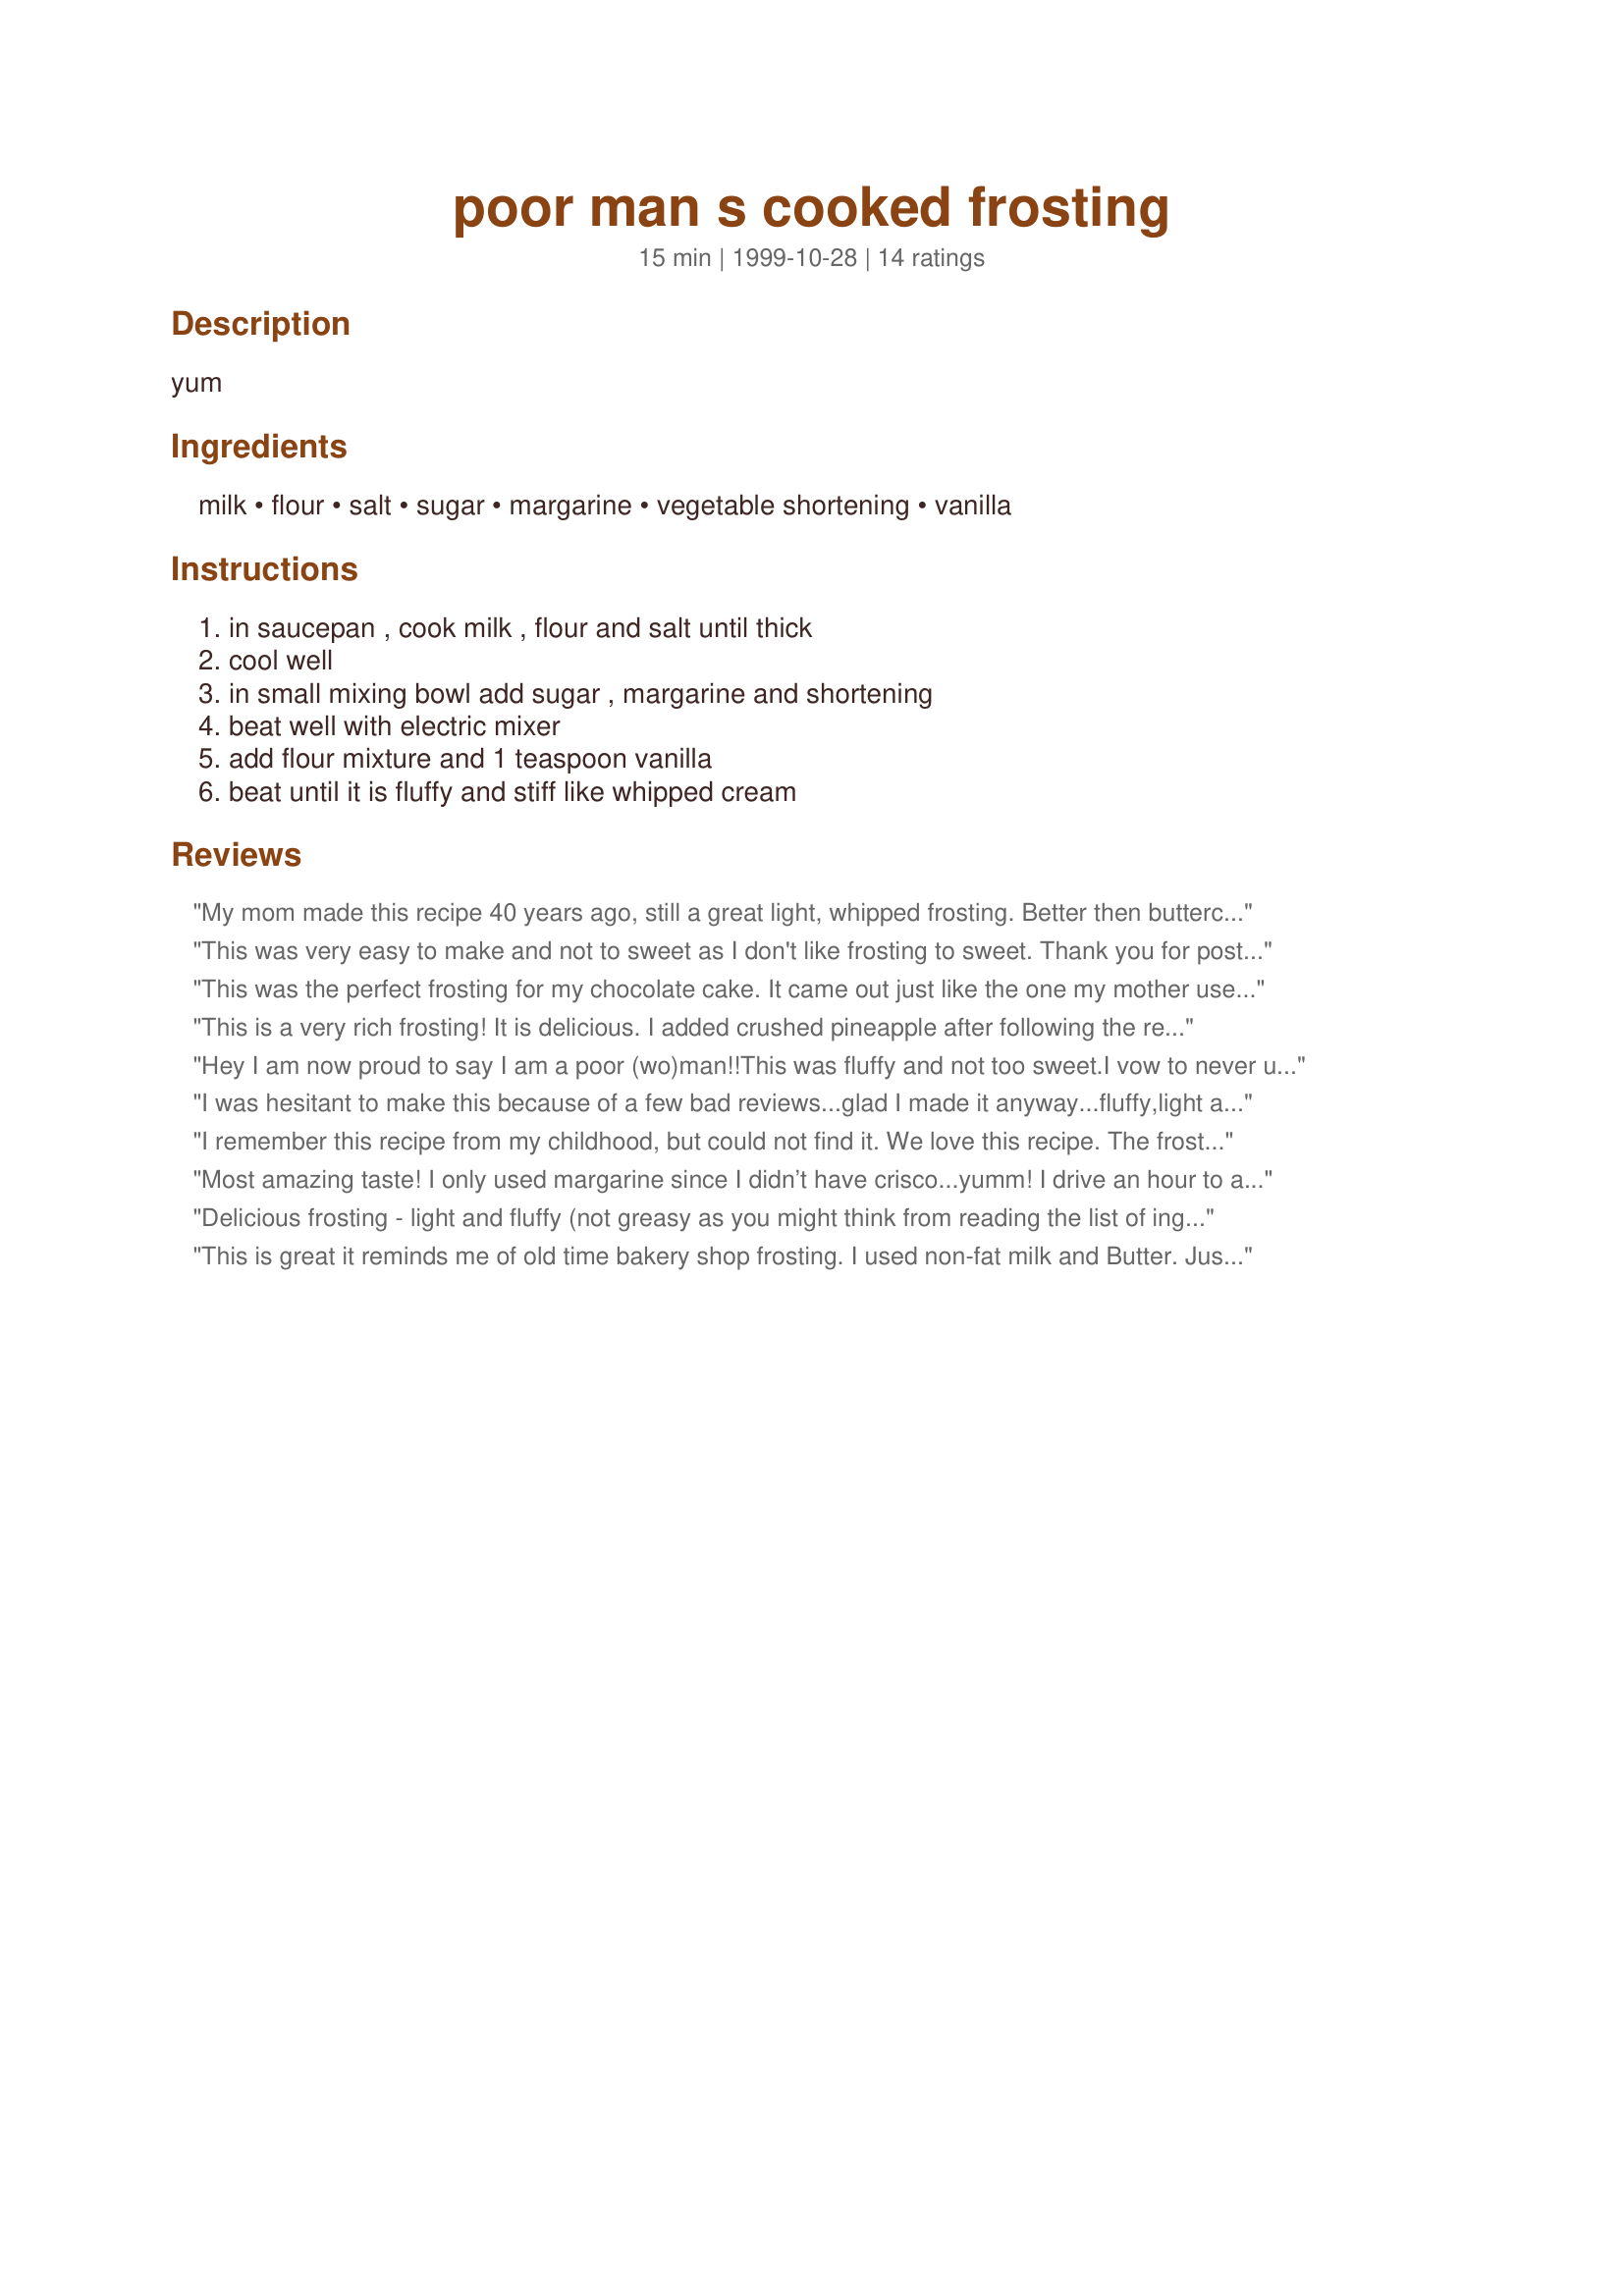
poor man s cooked frosting
Preparation time: 15 minutes

yum

Ingredients:
milk, flour, salt, sugar, margarine, vegetable shortening, vanilla

Steps:
in saucepan , cook milk , flour and salt until thick, cool well, in small mixing bowl add sugar , margarine and shortening, beat well with electric mixer, add flour mixture and 1 teaspoon vanilla, beat until it is fluffy and stiff like whipped cream

Reviews:
My mom made this recipe 40 years ago, still a great light, whipped frosting. Better then buttercream, easier the 7 minute.
This was very easy to make and not to sweet as I don't like frosting to sweet. Thank you for posting.
This was the perfect frosting for my chocolate cake. It came out just like the one my mother used to make.
This is a very rich frosting! It is delicious. I added crushed pineapple after following the recipe and it was marvelous!!!! I got a lot of good compliments.
Hey I am now proud to say I am a poor (wo)man!!This was fluffy and not too sweet.I vow to never use store-bought frosting again.Thanks for making me a proud poor (wo)man!!!!
I was hesitant to make this because of a few bad reviews...glad I made it anyway...fluffy,light and not too sweet...I don't know how anyone wouldn't like it ....and it's easy don't understand how anyone could screw this up
I remember this recipe from my childhood, but could not find it. We love this recipe. The frosting is fluffy and creamy, but not as sweet as a traditional butter cream. I added chopped maraschino cherries and it worked well. The recipe does not make a generous amount of frosting; I was challenged to spread it thin enough to cover two 9 inch layers. I plan to increase the amounts the next time I make it. Thanks for posting this old favorite.
Most amazing taste! I only used margarine since I didn’t have crisco...yumm! I drive an hour to a gourmet bakery and their buttercream tastes just like this. I could never figure out how they made it. Must use this kind!
Delicious frosting - light and fluffy (not greasy as you might think from reading the list of ingredients).

I torted a 2-layer white cake, heated some seedless raspberry fruit spread, and brushed each layer with it, then spread the frosting on over the jam and assembled the layers with a generous amount of frosting over the entire cake. It made for a very pretty presentation when sliced, and the taste was really good. Yummm...white cake with white frosting!
This is great it reminds me of old time bakery shop frosting. I used non-fat milk and Butter. Just have to remember to mix the milk and flour before heating to avoid lumps
Yummy, but did I do something wrong? Recipe just states sugar, so I used granulated. The frosting has a gritty appearance, but otherwise does taste like whipped cream. Almost reminds me of the Pennsylvania Dutch whoopie pie filling.
I used to make this frosting all the time. I lost the recipe and couldn't remember all the ingredients. Thanks so much for bringing back old memories. I love this frosting because it is not too sweet. zinctoast
This was easy and really good. I will use this recipe from now on, bye bye Betty Crocker.
This may be the best frosting I've EVER made. It's so hard to believe that these ingredients result in the fluffiest, creamiest frosting with NO grit at all. It's almost like whipped cream but thicker or stiffer or something. It's hard to describe but it's fantastic and everyone loved it. 2 people asked for the recipe. This is the frosting I've been searching for. Thanks Tonkats!
